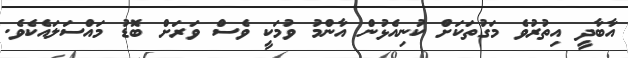
އާބާދީ އިތުރުވެ މަގުތަކަށް ކުނިއެޅުން އާންމު ވުމަކީ ވެސް ވަރަށް ބޮޑު މައްސަލައެކެވެ.